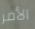
الأمر